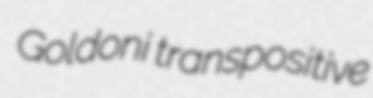
Goldoni transpositive